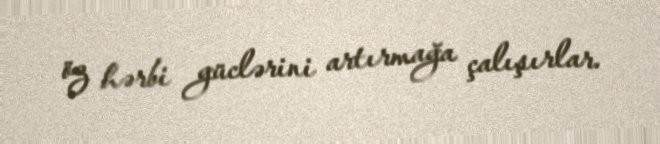
öz hərbi güclərini artırmağa çalışırlar.